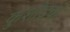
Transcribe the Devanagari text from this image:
कुशोदकं